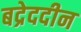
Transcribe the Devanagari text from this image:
बद्रेददीन